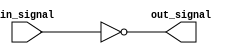
module nor_gate_delay (
    input wire in_signal,
    output reg out_signal
);

reg internal_signal;

always @(in_signal) begin
    internal_signal <= in_signal;
    #10; // Delay of 10 time units
    out_signal <= ~internal_signal;
end

endmodule